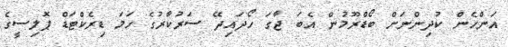
އަންހެން ކުދިންނަށް ބޯޑްރޫމުން އެބަ ޖާގަ ހޯދައިދޭ ސަރުކާރުގެ ހަމަ ޑިރެކްޓަޑް ޕޮލިސީގެ